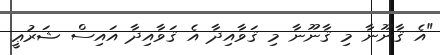
"އެ ޤާނޫނާ މި ޤާނޫނާ މި ޤަވާއިދާ އެ ޤަވާއިދާ އައިސް ޝަރުޢީ